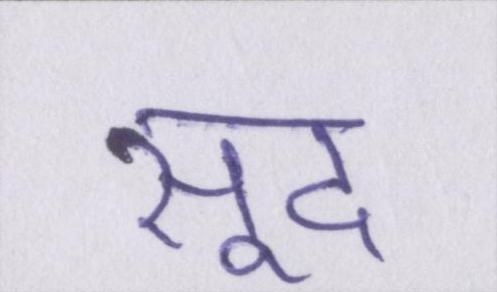
सूद